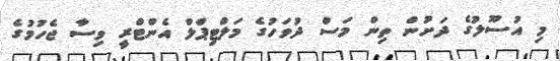
މި އުސޫލުގެ ދަށުން ތިން މަސް ދުވަހުގެ މަލްޓިޕްލް އެންޓްރީ ވިސާ ޖެހުމުގެ